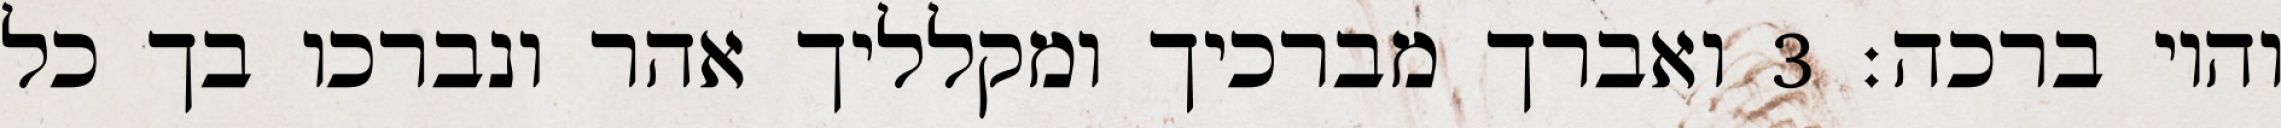
והוי ברכה׃ ‎3‏ ואברך מברכיך ומקלליך אהר ונברכו בך כל